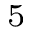
_ 5